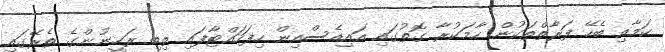
ކަމާއި ބެހޭ ފަރާތްތަކުން ހާމަކުރާ ގޮތުގައި އައިއެސްއިން ހިފަހައްޓާފައި ތިބި ރަހީނުންގެ ތެރޭގައި